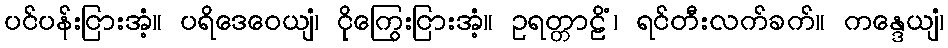
ပင်ပန်းငြားအံ့။ ပရိဒေဝေယျံ၊ ငိုကြွေးငြားအံ့။ ဥရတ္တာဠိံ၊ ရင်တီးလက်ခက်။ ကန္ဒေယျံ၊